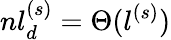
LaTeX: nl_{d}^{(s)}=\Theta(l^{(s)})